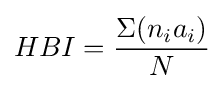
HBI={\frac {\Sigma (n_{i}a_{i})}{N}}